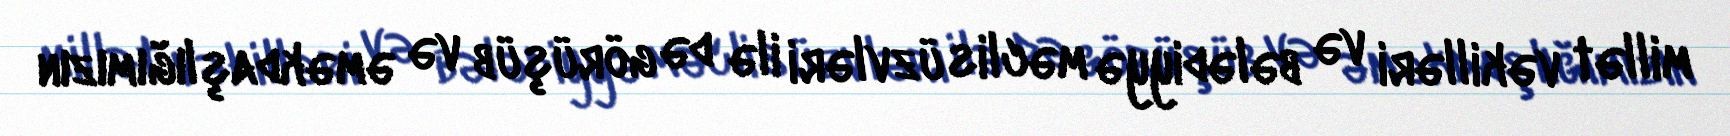
millət vəkilləri və bələdiyyə məclis üzvləri ilə də görüşüb və əməkdaşlığımızın